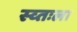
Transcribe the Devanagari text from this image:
स्व्तःला